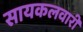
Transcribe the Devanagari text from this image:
सायकलवारी